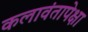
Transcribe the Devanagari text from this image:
कलावंतापेक्षा